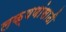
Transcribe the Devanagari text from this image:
लक्षणांसाठी